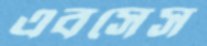
এবসেস